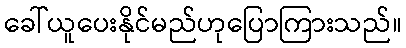
ခေါ်ယူပေးနိုင်မည်ဟုပြောကြားသည်။